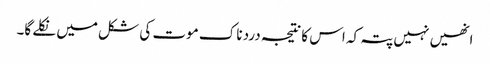
انھیں نہیں پتہ کہ اس کا نتیجہ درد ناک موت کی شکل میں نکلے گا۔